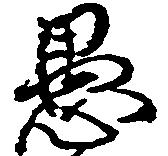
愚